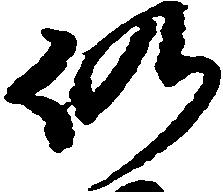
仍